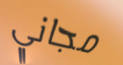
مجاني